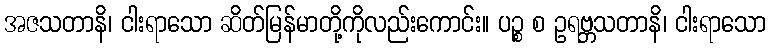
အဇသတာနိ၊ ငါးရာသော ဆိတ်မြန်မာတို့ကိုလည်းကောင်း။ ပဉ္စ စ ဥရဗ္ဘသတာနိ၊ ငါးရာသော